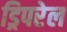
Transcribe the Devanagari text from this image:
ड्रिपरेल